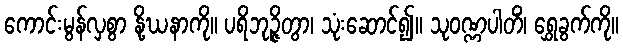
ကောင်းမွန်လှစွာ နို့ဃနာကို။ ပရိဘုဉ္ဇိတွာ၊ သုံးဆောင်၍။ သုဝဏ္ဏပါတိံ၊ ရွှေခွက်ကို။